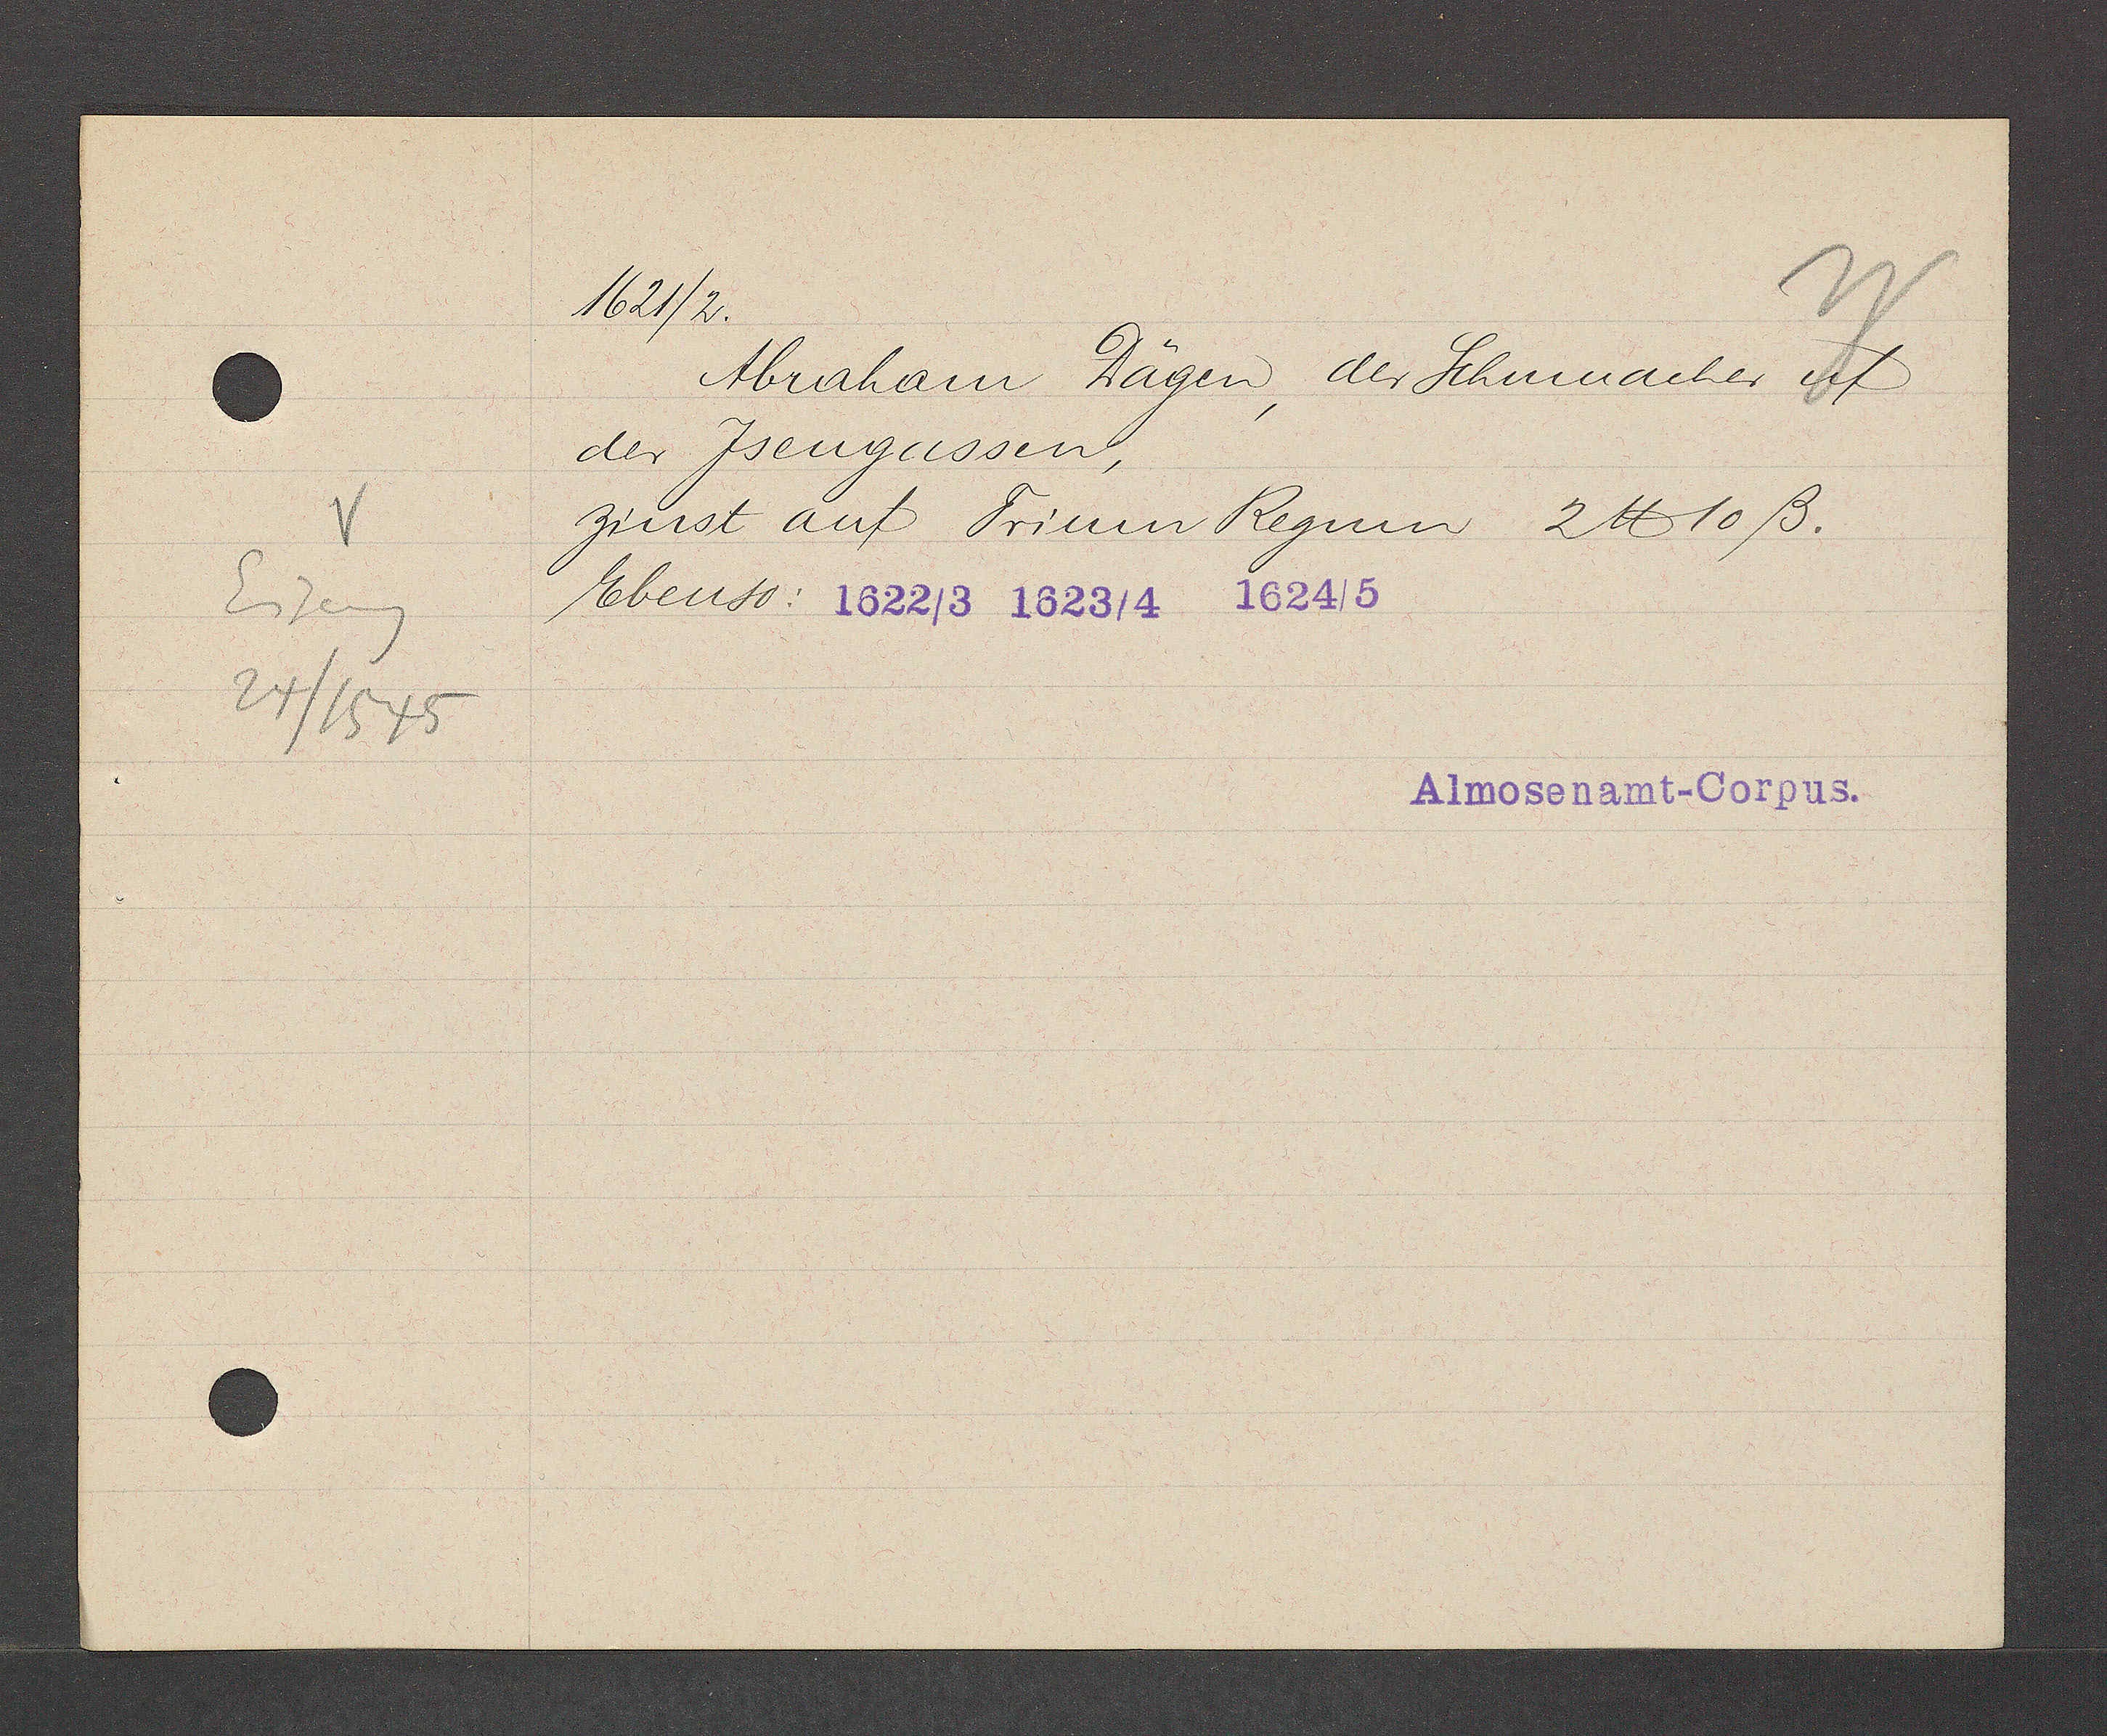
Transcript:
Eiseng

24/1545

1621/2

der Jsengassen,

Ebenso:

Abraham Dägen, der Schumacher uf

zinst auf Trinum Regum 2 ℔ 10 ß.